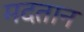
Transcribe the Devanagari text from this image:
मदतान